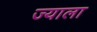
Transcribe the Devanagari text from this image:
ज्‍याला